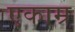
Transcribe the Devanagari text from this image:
एकाम्र